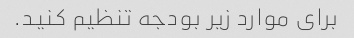
برای موارد زیر بودجه تنظیم کنید.